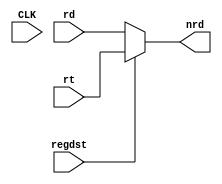
module reg_mux(
    input regdst,
    input [4:0]rt,
    input CLK,
    input [4:0]rd,
    output reg [4:0]nrd
    );
    
    
    always@(*)begin
        if(regdst)
            nrd=rt;
        else
            nrd=rd;
    end
endmodule